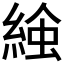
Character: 𧌢